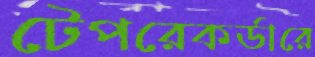
টেপরেকর্ডারে